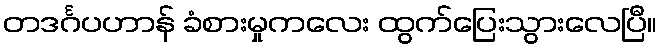
တဒင်္ဂပဟာန် ခံစားမှုကလေး ထွက်ပြေးသွားလေပြီ။